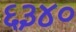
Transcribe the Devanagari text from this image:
६३४०